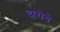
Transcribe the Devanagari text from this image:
दारोचे